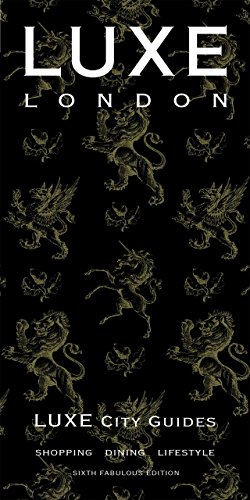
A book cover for LUXE London; LUXE City Guides; Travel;